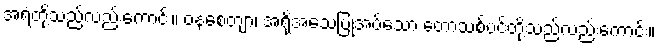
အရံတို့သည်လည်းကောင်း။ ဝနစေတျာ၊ အရိုအသေပြုအပ်သော တောသစ်ပင်တို့သည်လည်းကောင်း။